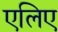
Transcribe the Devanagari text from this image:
एलिए